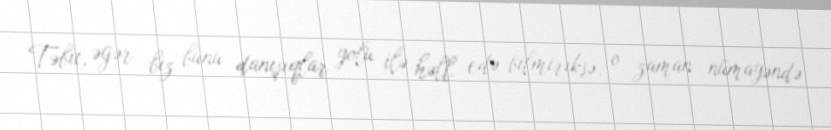
Təbii, əgər biz bunu danışıqlar yolu ilə həll edə bilmiriksə, o zaman nümayəndə